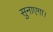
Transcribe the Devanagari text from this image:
सुनाएगा।